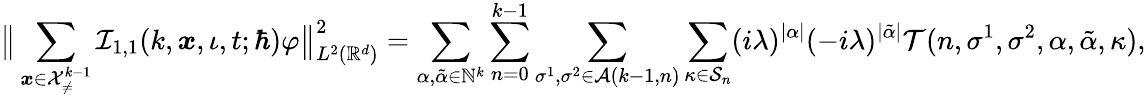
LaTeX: \big\lVert\sum_{\boldsymbol{x}\in\mathcal{X}_{\neq}^{k-1}}\mathcal{I}_{1,1}(k,\boldsymbol{x},\iota,t;\hbar)\varphi\big\rVert_{L^{2}(\mathbb{R}^{d})}^{2}=\sum_{\alpha,\tilde{\alpha}\in\mathbb{N}^{k}}\sum_{n=0}^{k-1}\sum_{\sigma^{1},\sigma^{2}\in\mathcal{A}(k-1,n)}\sum_{\kappa\in\mathcal{S}_{n}}(i\lambda)^{|\alpha|}(-i\lambda)^{|\tilde{\alpha}|}\mathcal{T}(n,\sigma^{1},\sigma^{2},\alpha,\tilde{\alpha},\kappa),